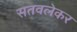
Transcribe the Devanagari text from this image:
सतवलेकर